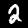
Digit: 2